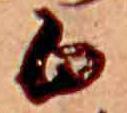
白